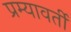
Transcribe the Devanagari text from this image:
प्रम्यावर्ती